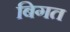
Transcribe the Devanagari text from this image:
बिगत